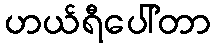
ဟယ်ရီပေါ်တာ